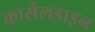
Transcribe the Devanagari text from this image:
कार्सेलडाइन